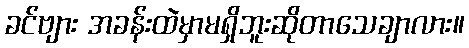
ခင်ဗျား အခန်းထဲမှာမရှိဘူးဆိုတာသေချာလား။